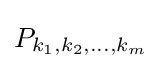
P_{k_{1},k_{2},\dots ,k_{m}}